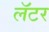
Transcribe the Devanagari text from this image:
लॅटर